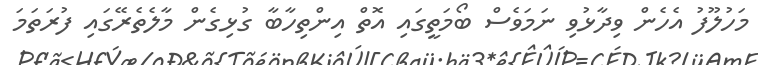
މަހުލޫފު އެހެން ވިދާޅުވި ނަމަވެސް ބޯމަތީގައި އޮތް އިންތިހާބާ ގުޅިގެން މާލެތެރޭގައި ފުރަތަމަ